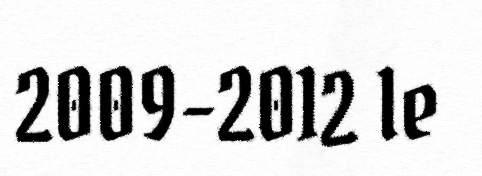
2009-2012 le